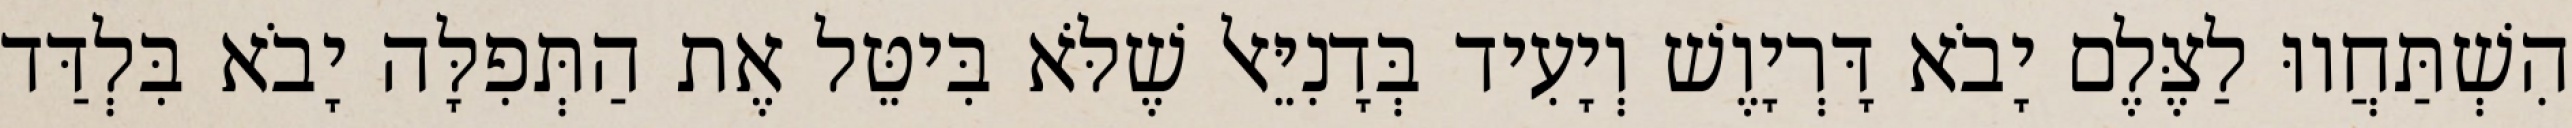
הִשְׁתַּחֲווּ לַצֶּלֶם יָבֹא דָּרְיָוֶשׁ וְיָעִיד בְּדָנִיֵּאל שֶׁלֹּא בִּיטֵּל אֶת הַתְּפִלָּה יָבֹא בִּלְדַּד